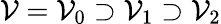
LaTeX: \mathcal{V}=\mathcal{V}_{0}\supset\mathcal{V}_{1}\supset\mathcal{V}_{2}